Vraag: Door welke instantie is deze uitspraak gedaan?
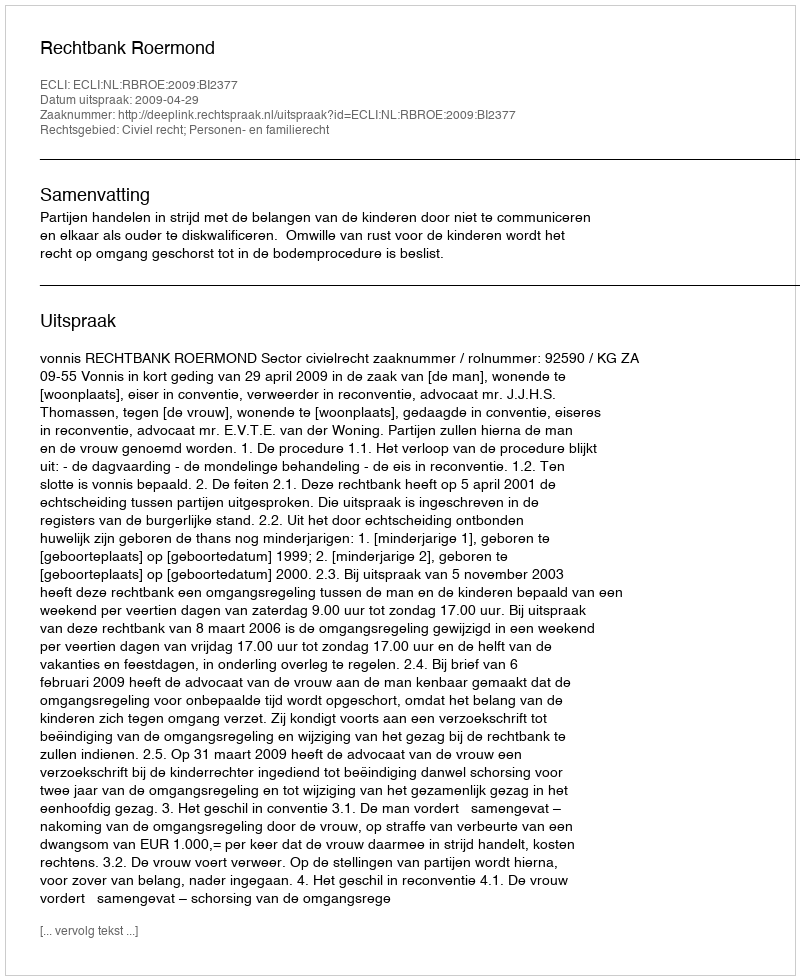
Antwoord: Rechtbank Roermond